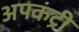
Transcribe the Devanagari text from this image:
अपकंट्री